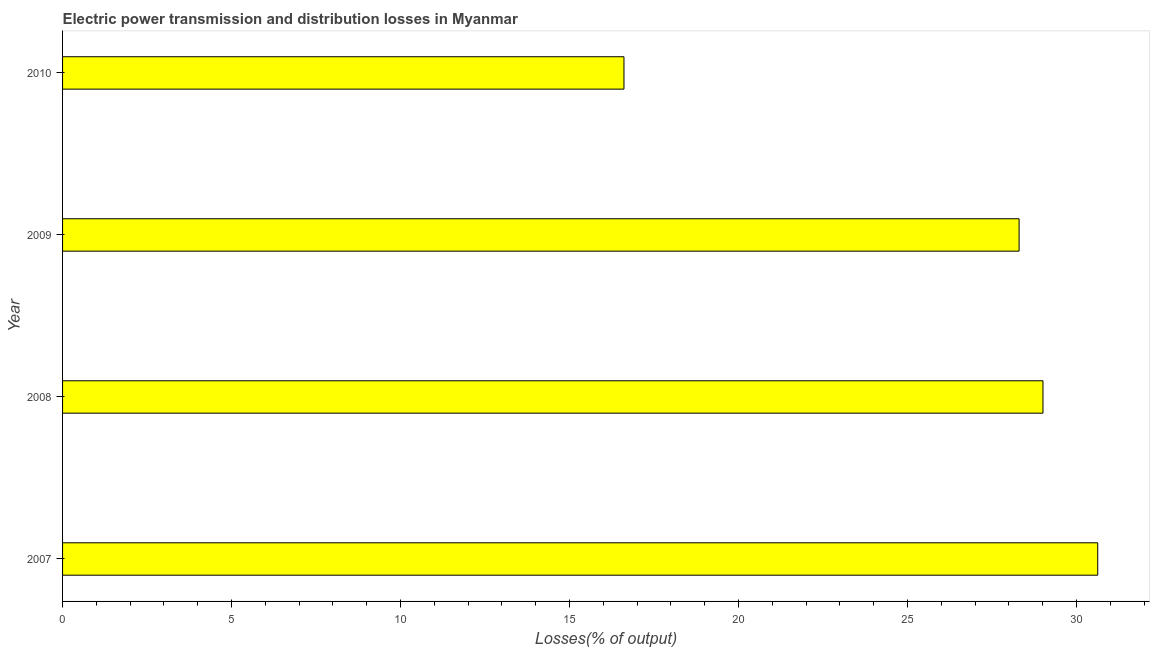
| Year | Electric power transmission and distribution losses |
 | --- | --- |
 | 2007 | 30.6 |
 | 2008 | 29 |
 | 2009 | 28.3 |
 | 2010 | 16.6 |